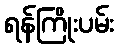
ရန်ကြိုးပမ်း